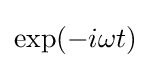
\exp(-i\omega t)